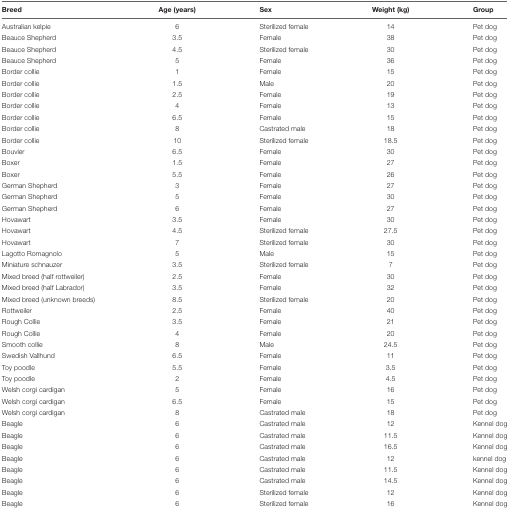
<table><thead><tr><td><b>Breed</b></td><td><b>Age (years)</b></td><td><b>Sex</b></td><td><b>Weight (kg)</b></td><td><b>Group</b></td></tr></thead><tbody><tr><td>Australian kelpie</td><td>6</td><td>Sterilized female</td><td>14</td><td>Pet dog</td></tr><tr><td>Beauce Shepherd</td><td>3.5</td><td>Female</td><td>38</td><td>Pet dog</td></tr><tr><td>Beauce Shepherd</td><td>4.5</td><td>Sterilized female</td><td>30</td><td>Pet dog</td></tr><tr><td>Beauce Shepherd</td><td>5</td><td>Female</td><td>36</td><td>Pet dog</td></tr><tr><td>Border collie</td><td>1</td><td>Female</td><td>15</td><td>Pet dog</td></tr><tr><td>Border collie</td><td>1.5</td><td>Male</td><td>20</td><td>Pet dog</td></tr><tr><td>Border collie</td><td>2.5</td><td>Female</td><td>19</td><td>Pet dog</td></tr><tr><td>Border collie</td><td>4</td><td>Female</td><td>13</td><td>Pet dog</td></tr><tr><td>Border collie</td><td>6.5</td><td>Female</td><td>15</td><td>Pet dog</td></tr><tr><td>Border collie</td><td>8</td><td>Castrated male</td><td>18</td><td>Pet dog</td></tr><tr><td>Border collie</td><td>10</td><td>Sterilized female</td><td>18.5</td><td>Pet dog</td></tr><tr><td>Bouvier</td><td>6.5</td><td>Female</td><td>30</td><td>Pet dog</td></tr><tr><td>Boxer</td><td>1.5</td><td>Female</td><td>27</td><td>Pet dog</td></tr><tr><td>Boxer</td><td>5.5</td><td>Female</td><td>26</td><td>Pet dog</td></tr><tr><td>German Shepherd</td><td>3</td><td>Female</td><td>27</td><td>Pet dog</td></tr><tr><td>German Shepherd</td><td>5</td><td>Female</td><td>30</td><td>Pet dog</td></tr><tr><td>German Shepherd</td><td>6</td><td>Female</td><td>27</td><td>Pet dog</td></tr><tr><td>Hovawart</td><td>3.5</td><td>Female</td><td>30</td><td>Pet dog</td></tr><tr><td>Hovawart</td><td>4.5</td><td>Sterilized female</td><td>27.5</td><td>Pet dog</td></tr><tr><td>Hovawart</td><td>7</td><td>Sterilized female</td><td>30</td><td>Pet dog</td></tr><tr><td>Lagotto Romagnolo</td><td>5</td><td>Male</td><td>15</td><td>Pet dog</td></tr><tr><td>Miniature schnauzer</td><td>3.5</td><td>Sterilized female</td><td>7</td><td>Pet dog</td></tr><tr><td>Mixed breed (half rottweiler)</td><td>2.5</td><td>Female</td><td>30</td><td>Pet dog</td></tr><tr><td>Mixed breed (half Labrador)</td><td>3.5</td><td>Female</td><td>32</td><td>Pet dog</td></tr><tr><td>Mixed breed (unknown breeds)</td><td>8.5</td><td>Sterilized female</td><td>20</td><td>Pet dog</td></tr><tr><td>Rottweiler</td><td>2.5</td><td>Female</td><td>40</td><td>Pet dog</td></tr><tr><td>Rough Collie</td><td>3.5</td><td>Female</td><td>21</td><td>Pet dog</td></tr><tr><td>Rough Collie</td><td>4</td><td>Female</td><td>20</td><td>Pet dog</td></tr><tr><td>Smooth collie</td><td>8</td><td>Male</td><td>24.5</td><td>Pet dog</td></tr><tr><td>Swedish Vallhund</td><td>6.5</td><td>Female</td><td>11</td><td>Pet dog</td></tr><tr><td>Toy poodle</td><td>5.5</td><td>Female</td><td>3.5</td><td>Pet dog</td></tr><tr><td>Toy poodle</td><td>2</td><td>Female</td><td>4.5</td><td>Pet dog</td></tr><tr><td>Welsh corgi cardigan</td><td>5</td><td>Female</td><td>16</td><td>Pet dog</td></tr><tr><td>Welsh corgi cardigan</td><td>6.5</td><td>Female</td><td>15</td><td>Pet dog</td></tr><tr><td>Welsh corgi cardigan</td><td>8</td><td>Castrated male</td><td>18</td><td>Pet dog</td></tr><tr><td>Beagle</td><td>6</td><td>Castrated male</td><td>12</td><td>Kennel dog</td></tr><tr><td>Beagle</td><td>6</td><td>Castrated male</td><td>11.5</td><td>Kennel dog</td></tr><tr><td>Beagle</td><td>6</td><td>Castrated male</td><td>16.5</td><td>Kennel dog</td></tr><tr><td>Beagle</td><td>6</td><td>Castrated male</td><td>12</td><td>kennel dog</td></tr><tr><td>Beagle</td><td>6</td><td>Castrated male</td><td>11.5</td><td>Kennel dog</td></tr><tr><td>Beagle</td><td>6</td><td>Castrated male</td><td>14.5</td><td>Kennel dog</td></tr><tr><td>Beagle</td><td>6</td><td>Sterilized female</td><td>12</td><td>Kennel dog</td></tr><tr><td>Beagle</td><td>6</td><td>Sterilized female</td><td>16</td><td>Kennel dog</td></tr></tbody></table>